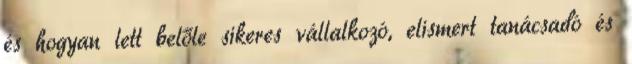
és hogyan lett belőle sikeres vállalkozó, elismert tanácsadó és